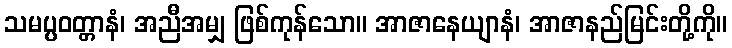
သမပ္ပဝတ္တာနံ၊ အညီအမျှ ဖြစ်ကုန်သော။ အာဇာနေယျာနံ၊ အာဇာနည်မြင်းတို့ကို။